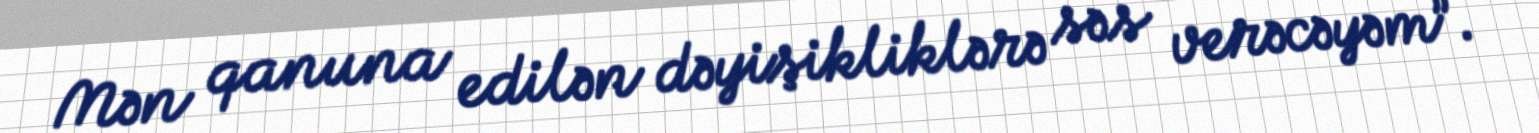
Mən qanuna edilən dəyişikliklərə səs verəcəyəm”.